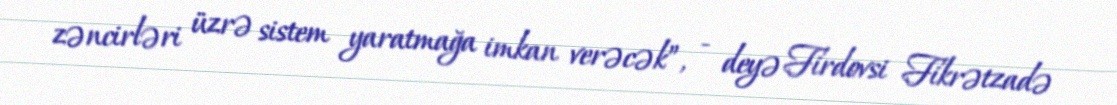
zəncirləri üzrə sistem yaratmağa imkan verəcək”, - deyə Firdovsi Fikrətzadə